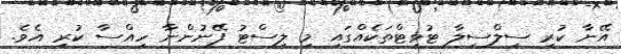
އޭނާ ކުރި ސިލްސިލާ ޓުވީޓްތަކެއްގައި މި ލިސްޓު ފޭނުންނާ ހިއްސާ ކުރި އެވެ.